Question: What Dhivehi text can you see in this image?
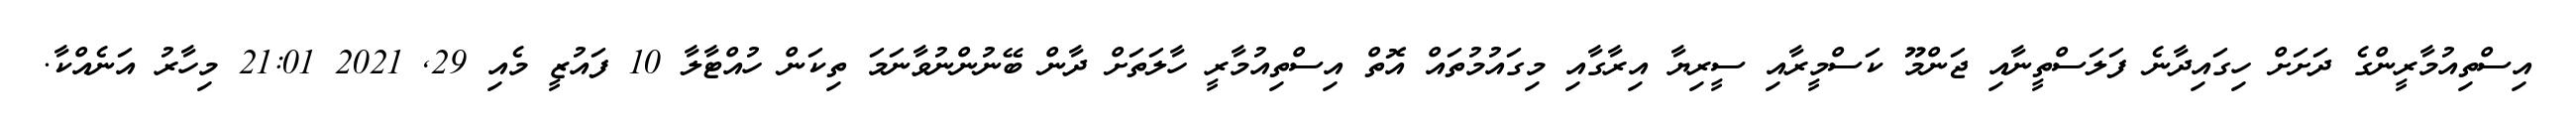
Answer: އިސްތިއުމާރީންގެ ދަށަށް ހިގައިދާނެ ފަލަސްތީނާއި ޖަންމޫ ކަސްމީރާއި ސީރިޔާ އިރާގާއި މިގައުމުތައް އޮތް އިސްތިއުމާރީ ހާލަތަށް ދާން ބޭނުންނުވާނަމަ ތިކަން ހުއްޓާލާ 10 ފައުޒީ މެއި 29, 2021 21:01 މިހާރު އަނެއްކާ.